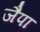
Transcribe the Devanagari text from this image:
जैपा